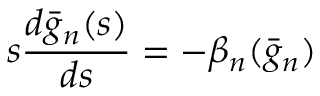
s \frac { d \bar { g } _ { n } ( s ) } { d s } = - \beta _ { n } ( \bar { g } _ { n } )